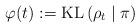
LaTeX: \begin{align*} \varphi(t):=\mathrm{KL}\left(\rho_{t} \mid \pi\right) \end{align*}